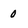
Character: 0